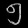
Digit: ၅